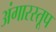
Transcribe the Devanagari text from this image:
अंगारस्तूप